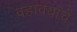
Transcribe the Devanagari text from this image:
वहावयाचें